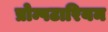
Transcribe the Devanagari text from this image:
प्रोम्पटारियम